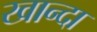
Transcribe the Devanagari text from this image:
खान्दा